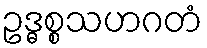
ဥဒ္ဓစ္စသဟဂတံ